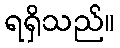
ရရှိသည်။